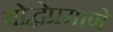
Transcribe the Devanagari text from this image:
योद्धेप्रमाणे